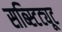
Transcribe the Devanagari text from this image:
सब्स्टिट्यूट